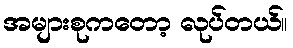
အများစုကတော့ လုပ်တယ်။